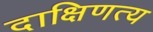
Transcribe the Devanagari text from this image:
दाक्षिणत्य